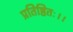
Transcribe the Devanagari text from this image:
प्रतिष्ठितः।।